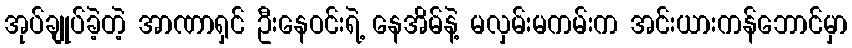
အုပ်ချုပ်ခဲ့တဲ့ အာဏာရှင် ဦးနေဝင်းရဲ့ နေအိမ်နဲ့ မလှမ်းမကမ်းက အင်းယားကန်ဘောင်မှာ